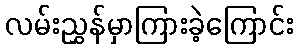
လမ်းညွှန်မှာကြားခဲ့ကြောင်း